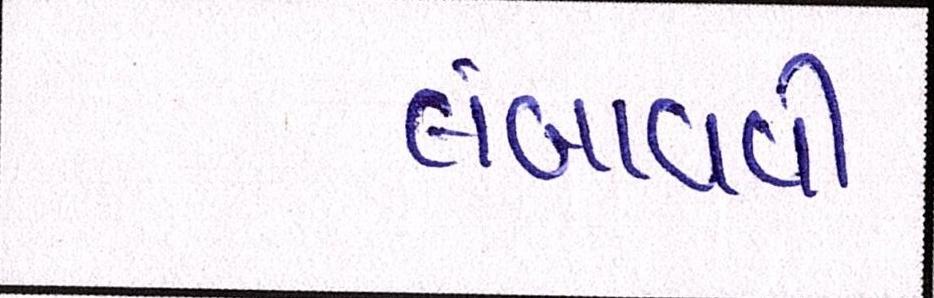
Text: લંબાવવી